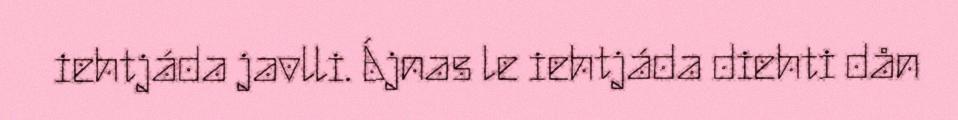
iehtjáda javlli. Ájnas le iehtjáda diehti dån